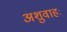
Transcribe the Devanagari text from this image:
अशुवाहः